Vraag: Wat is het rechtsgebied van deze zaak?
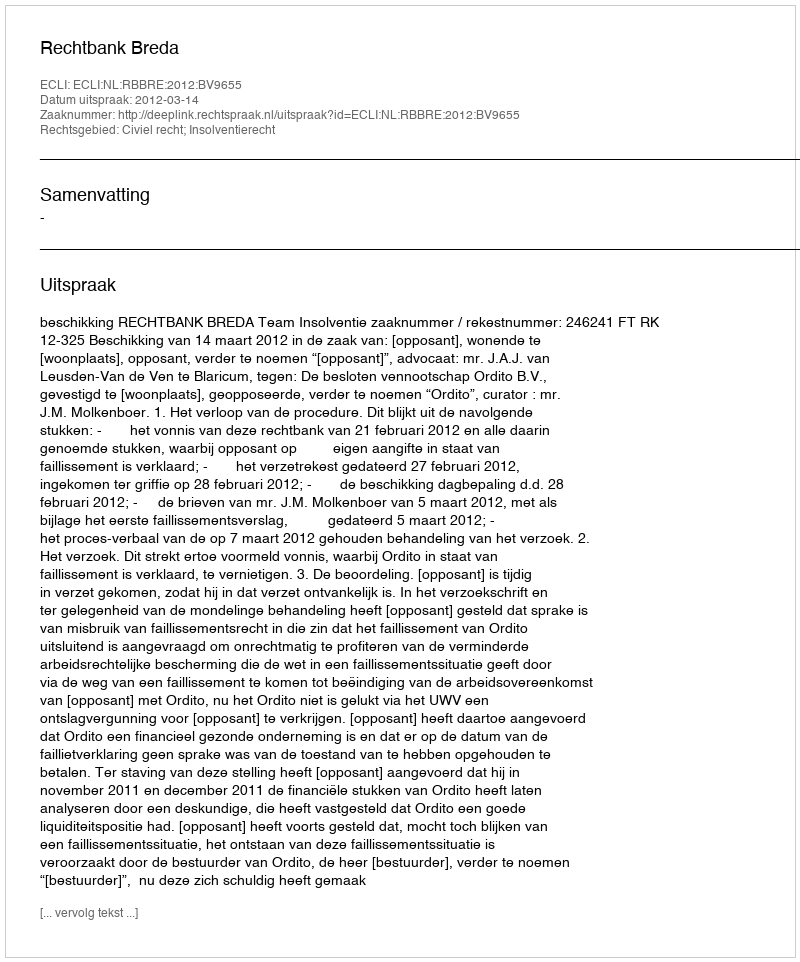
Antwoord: Civiel recht; Insolventierecht